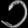
Digit: ၁